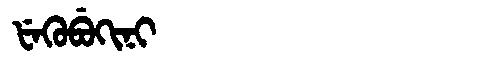
Manchu: ᡶᡝᡴᡠᠪᡠᡴᡳᠨᡳ
Romanization: FEKUBUKINI